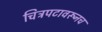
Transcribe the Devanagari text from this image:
चित्रपटावरूनच